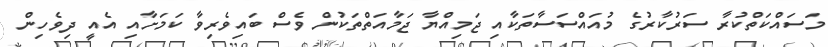
މަސައްކަތްކުރާ ސަރުކާރުގެ މުއައްސަސާތަކާއި ޖަމިއްޔާ ޖަމާއަތްތަކުން ވެސް ބައިވެރިވާ ކަމަށާއި އެއީ ދިވެހިން